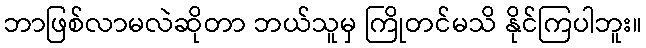
ဘာဖြစ်လာမလဲဆိုတာ ဘယ်သူမှ ကြိုတင်မသိ နိုင်ကြပါဘူး။